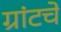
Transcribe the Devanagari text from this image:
ग्रांटचे